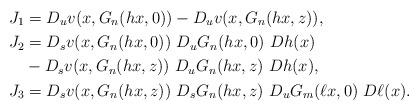
LaTeX: \begin{align*} J_1 &= D_{u}v(x,G_n(hx,0))- D_{u}v(x,G_n(hx,z)), \\ J_2 & = D_{s}v(x,G_n(hx,0)) \ D_uG_n(hx,0) \ Dh(x) \\ & - D_{s}v(x,G_n(hx,z)) \ D_uG_n(hx, z) \ Dh(x),\\ J_3 & = D_{s}v(x,G_n(hx,z)) \ D_sG_n(hx, z) \ D_{u}G_m(\ell x,0) \ D\ell(x). \end{align*}